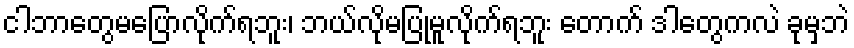
ငါဘာတွေမပြောလိုက်ရဘူး၊ ဘယ်လိုမပြုမူလိုက်ရဘူး တောက် ဒါတွေကလဲ ခုမှဘဲ